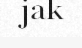
jak